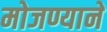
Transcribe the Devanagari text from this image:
मोजण्याने